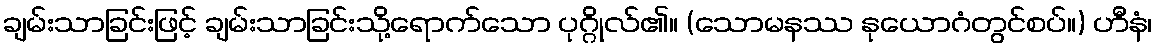
ချမ်းသာခြင်းဖြင့် ချမ်းသာခြင်းသို့ရောက်သော ပုဂ္ဂိုလ်၏။ (သောမနဿ နုယောဂံတွင်စပ်။) ဟီနံ၊